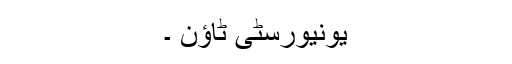
یونیورسٹی ٹاؤن ۔